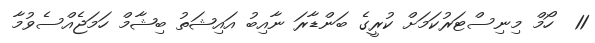
11  ހޯމް މިނިސްޓަރުކަމަށް ކުރީގެ ބަންޑާރަ ނާއިބު އައިޝަތު ބިޝާމް ހަމަޖެއްސެވުމާ